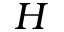
H